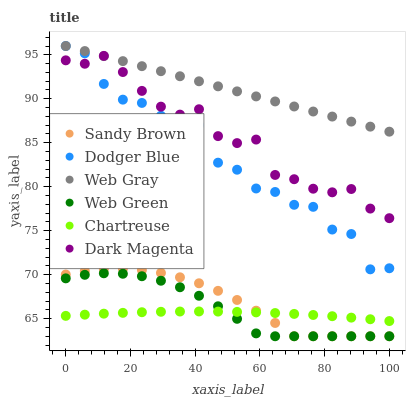
| xaxis_label | Sandy Brown | Dodger Blue | Web Gray | Web Green | Chartreuse | Dark Magenta |
 | --- | --- | --- | --- | --- | --- | --- |
 | 0 | 70 | 96 | 96 | 69.6 | 65.3 | 94.4 |
 | 5.88 | 70.4 | 95.2 | 95.4 | 70 | 65.5 | 94 |
 | 11.8 | 70.6 | 91.7 | 94.9 | 70.2 | 65.6 | 94.9 |
 | 17.6 | 70.7 | 89.9 | 94.3 | 70.1 | 65.7 | 93 |
 | 23.5 | 70.5 | 89.5 | 93.7 | 69.8 | 65.7 | 90.9 |
 | 29.4 | 70.2 | 88.1 | 93.1 | 69.3 | 65.8 | 89.1 |
 | 35.3 | 69.7 | 85.7 | 92.6 | 68.6 | 65.8 | 88.2 |
 | 41.2 | 69 | 87 | 92 | 67.6 | 65.8 | 88.8 |
 | 47.1 | 68.2 | 82.7 | 91.4 | 66.4 | 65.8 | 85.8 |
 | 52.9 | 67.1 | 81.9 | 90.8 | 65 | 65.8 | 85 |
 | 58.8 | 65.9 | 79.8 | 90.3 | 63.3 | 65.7 | 85.4 |
 | 64.7 | 64.5 | 79.4 | 89.7 | 63 | 65.6 | 81.3 |
 | 70.6 | 63 | 77.9 | 89.1 | 63 | 65.5 | 80.9 |
 | 76.5 | 63 | 77.7 | 88.6 | 63 | 65.4 | 79.8 |
 | 82.4 | 63 | 75.1 | 88 | 63 | 65.3 | 79.4 |
 | 88.2 | 63 | 74.6 | 87.4 | 63 | 65.1 | 79.7 |
 | 94.1 | 63 | 70.6 | 86.8 | 63 | 64.9 | 77.5 |
 | 100 | 63 | 70.7 | 86.3 | 63 | 64.7 | 76.4 |